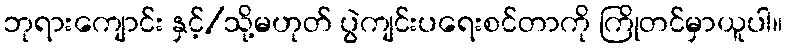
ဘုရားကျောင်း နှင့်/သို့မဟုတ် ပွဲကျင်းပရေးစင်တာကို ကြိုတင်မှာယူပါ။